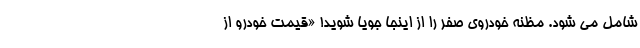
شامل می شود. مظنه خودروی صفر را از اینجا جویا شوید! «قیمت خودرو از